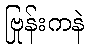
ဗြုန်းကနဲ